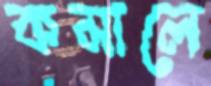
কমালে